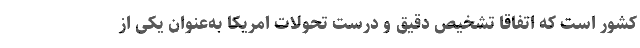
کشور است که اتفاقاً تشخیص دقیق و درست تحولات امریکا به‌عنوان یکی از